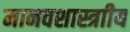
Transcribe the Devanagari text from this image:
मानवशास्त्राीय